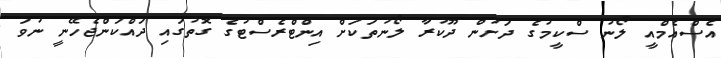
އެސްއެމްއީ ލޯނު ސްކީމުގެ ދަށުން ދޫކުރާ ލޯނުތަކަށް އިންޓްރެސްޓުގެ ގޮތުގައި ދައްކަންޖެހޭނީ ނުވަ